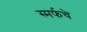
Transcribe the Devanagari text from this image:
स्मर्फचे